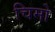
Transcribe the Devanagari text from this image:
चिमो